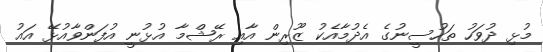
މުޅި ދުވަހު ތަހުސީނުގެ އެދުމާއެކު ޒޫރިން އާއި ރޭޝްމާ އުޅުނީ އުފަންވާއުޅޭ އައު